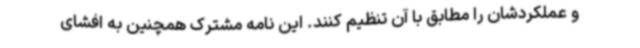
و عملکردشان را مطابق با آن تنظیم کنند. این نامه مشترک همچنین به افشای